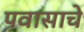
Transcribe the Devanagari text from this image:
पवासाचे